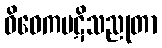
ဝိဝေကပဋိသညုတာ